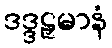
ဒဒ္ဒဠှမာနံ